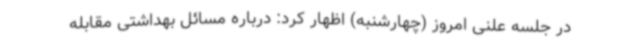
در جلسه علنی امروز (چهارشنبه) اظهار کرد: درباره مسائل بهداشتی مقابله